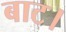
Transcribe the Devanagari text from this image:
बाट।